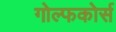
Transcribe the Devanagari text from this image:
गोल्फकोर्स